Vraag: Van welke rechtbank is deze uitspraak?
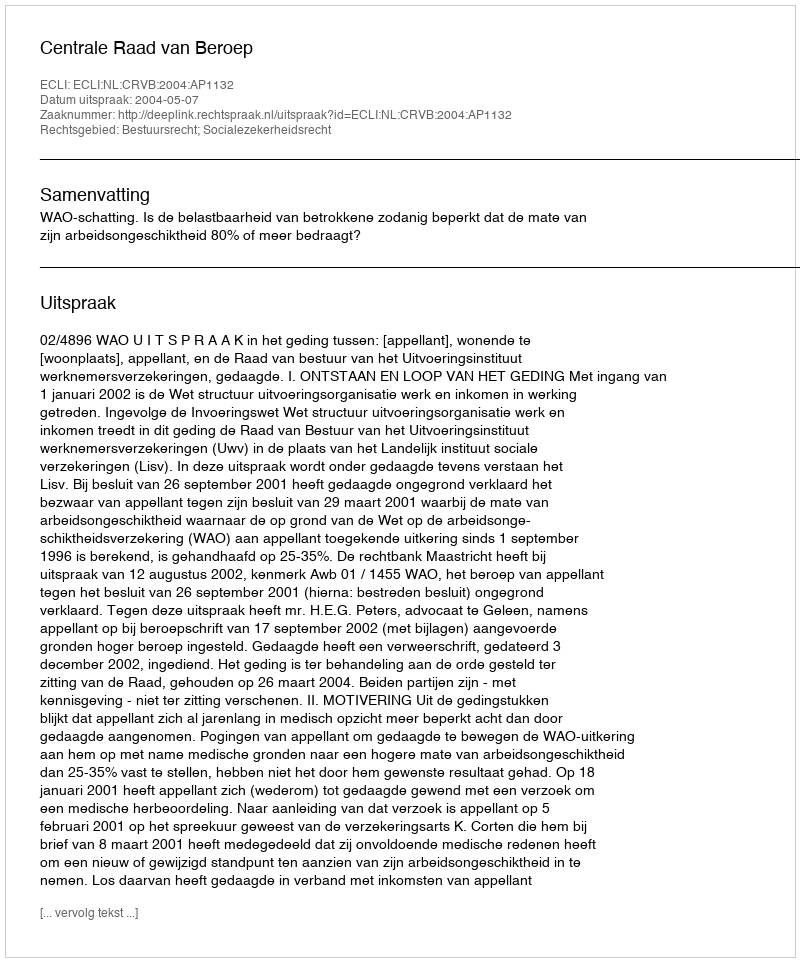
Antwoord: Centrale Raad van Beroep